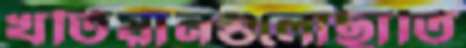
খতিয়ানগুলোছাতি